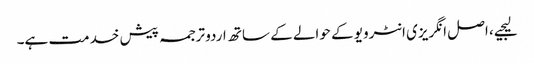
لیجیے، اصل انگریزی انٹرویو کے حوالے کے ساتھ اردو ترجمہ پیش خدمت ہے۔